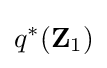
q^{*}(\mathbf {Z} _{1})